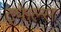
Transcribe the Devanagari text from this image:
ट्रफेल्स